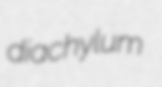
diachylum